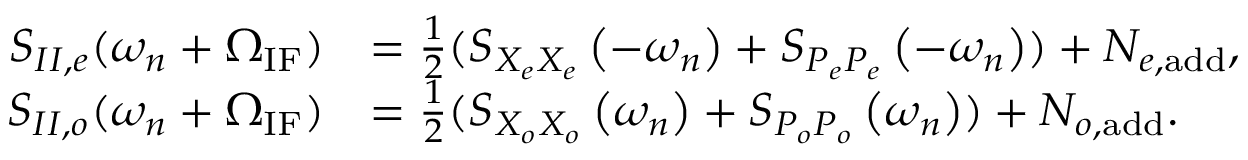
\begin{array} { r l } { S _ { I I , e } ( \omega _ { n } + \Omega _ { \mathrm { I F } } ) } & { = \frac { 1 } { 2 } ( S _ { X _ { e } X _ { e } } \left( - \omega _ { n } \right) + S _ { { P _ { e } P _ { e } } } \left( - \omega _ { n } \right) ) + N _ { e , \mathrm { a d d } } , } \\ { S _ { I I , o } ( \omega _ { n } + \Omega _ { \mathrm { I F } } ) } & { = \frac { 1 } { 2 } ( S _ { X _ { o } X _ { o } } \left( \omega _ { n } \right) + S _ { { P _ { o } P _ { o } } } \left( \omega _ { n } \right) ) + N _ { o , \mathrm { a d d } } . } \end{array}